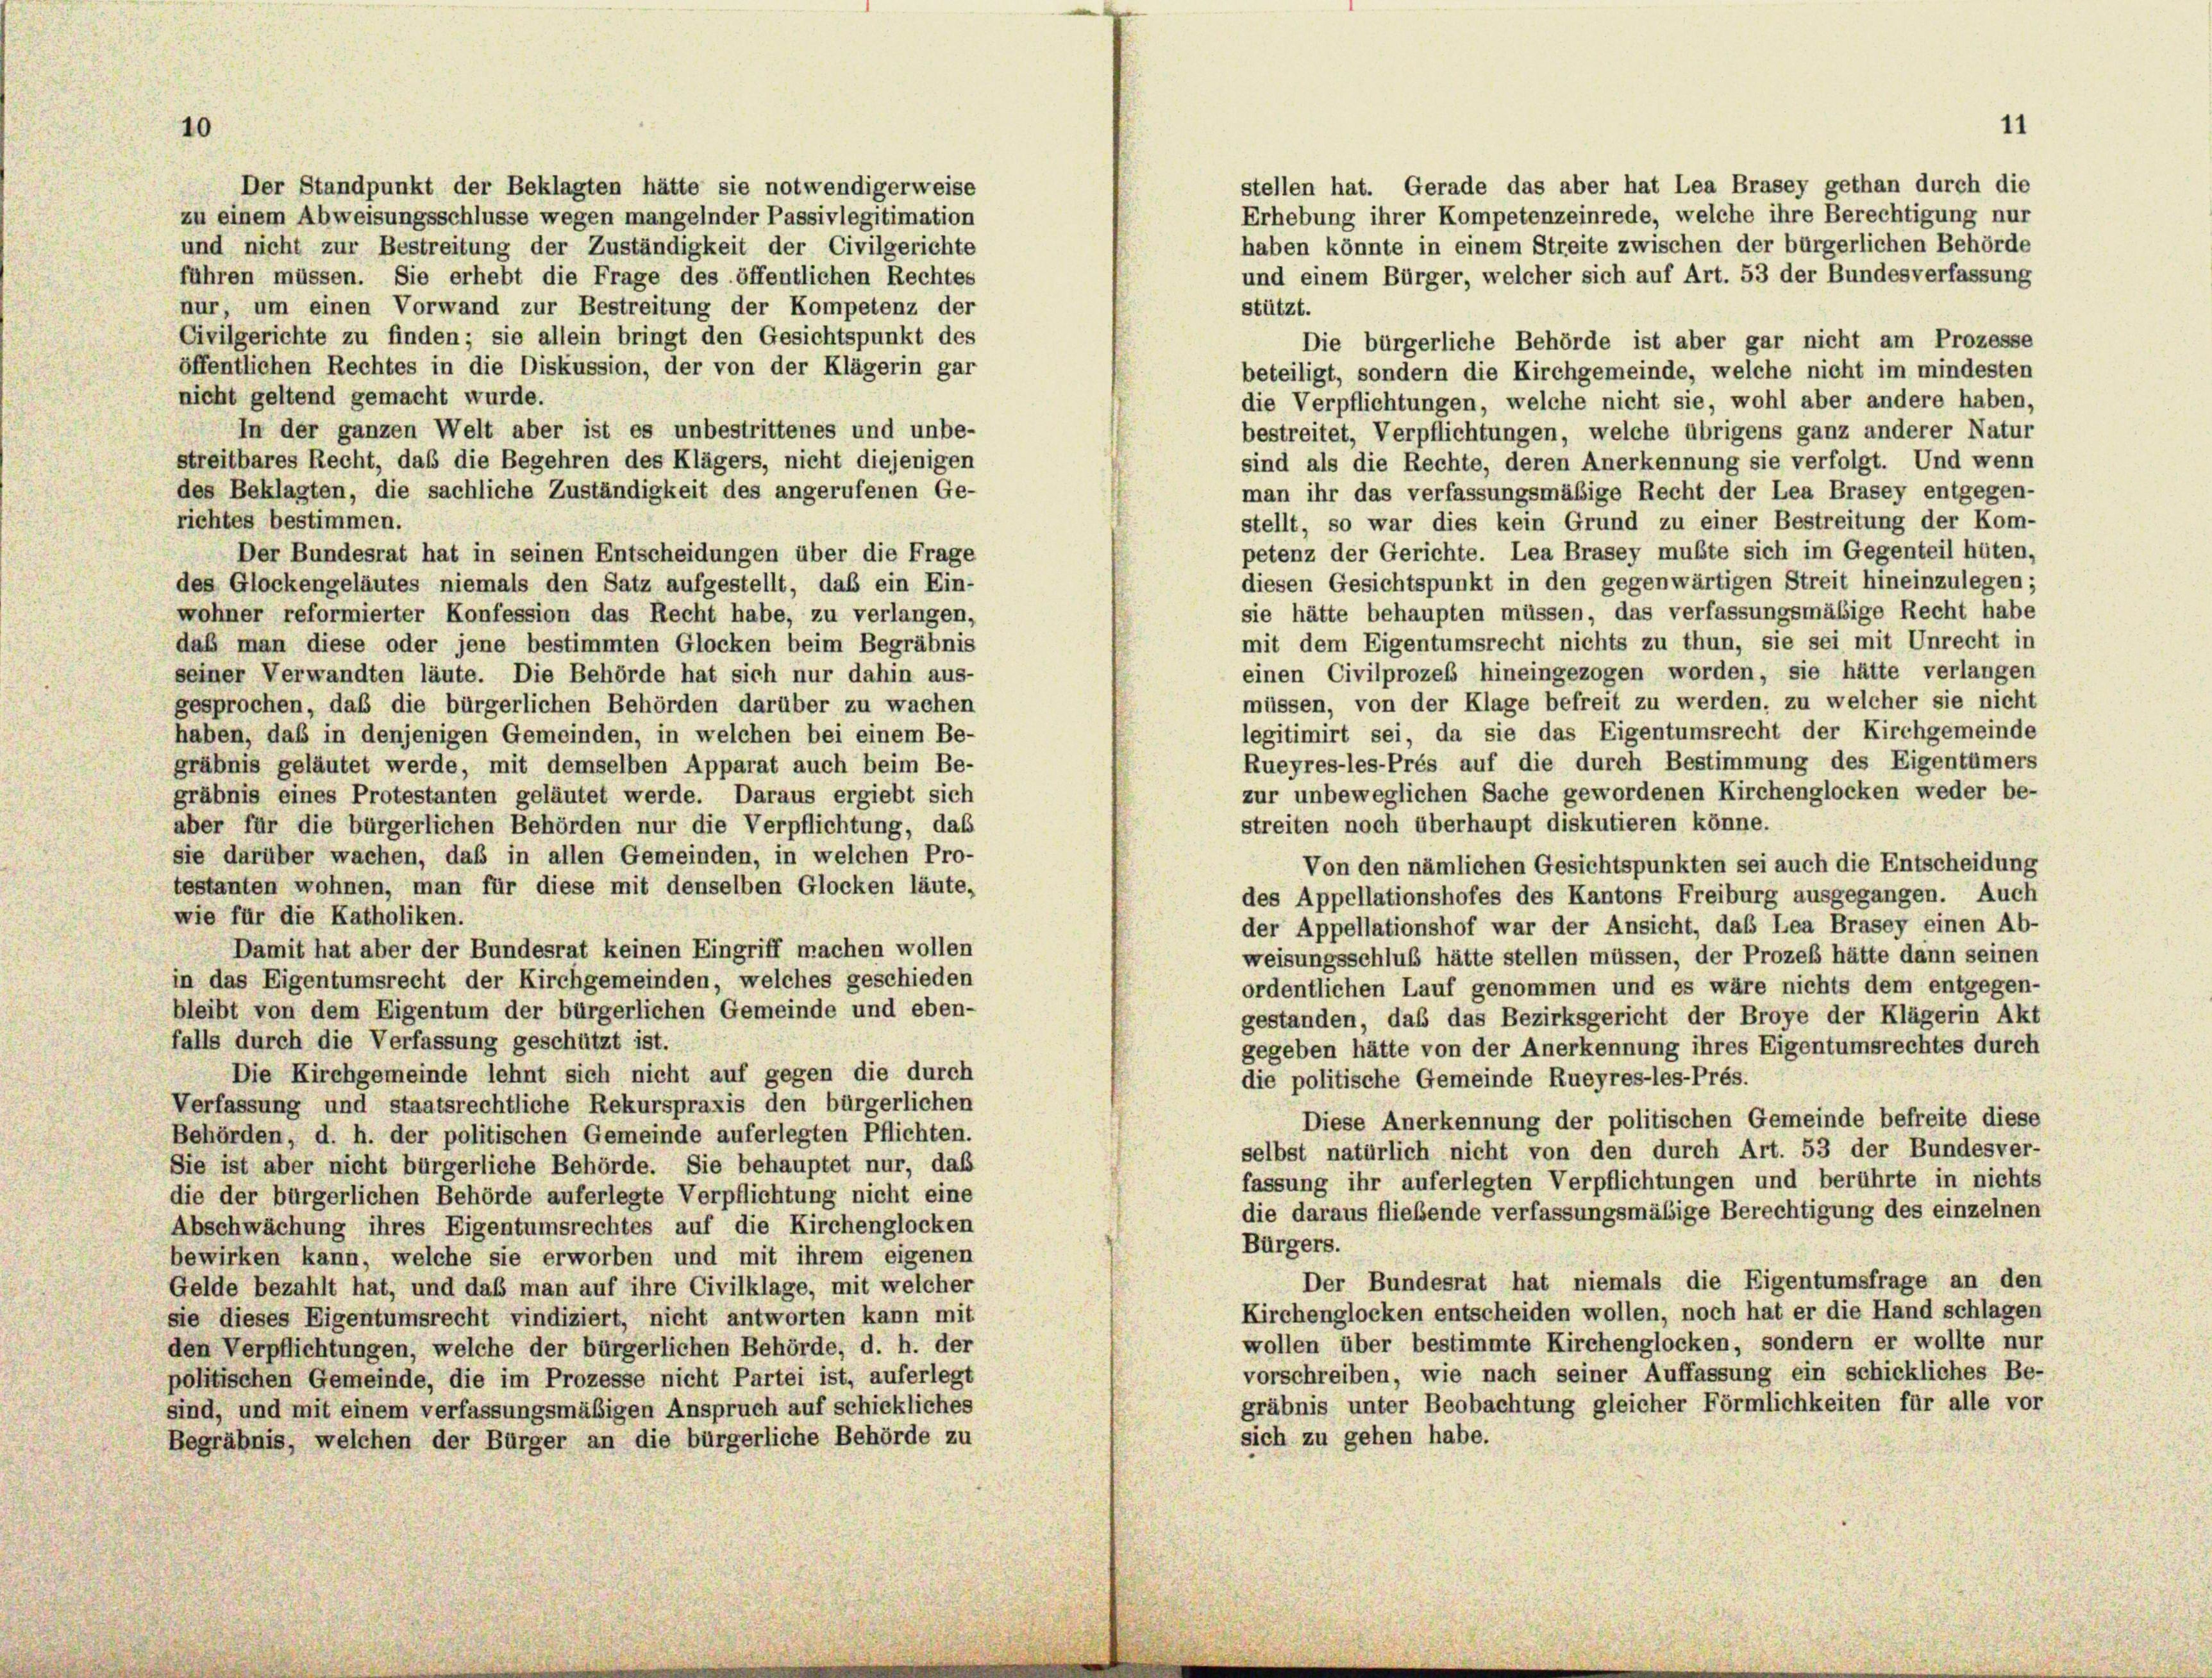
Der Standpunkt der Beklagten hätte sie notwendigerweise
zu einem Abweisungsschlüsse wegen mangelnder Passivlegitimation
haben könnte in einem Streite zwischen der bürgerlichen Behörde
und nicht zur Bestreitung der Zuständigkeit der Civilgerichte
und einem Bürger, welcher sich auf Art. 53 der Bundesverfassung
führen müssen. Sie erhebt die Frage des öffentlichen Rechtes
nur, um einen Vorwand zur Bestreitung der Kompetenz der
stützt.
Civilgerichte zu finden; sie allein bringt den Gesichtspunkt des
Die bürgerliche Behörde ist aber gar nicht am Prozesse
öffentlichen Rechtes in die Diskussion, der von der Klägerin gar
beteiligt, sondern die Kirchgemeinde, welche nicht im mindesten
nicht geltend gemacht wurde.
die Verpflichtungen, welche nicht sie, wohl aber andere haben
In der ganzen Welt aber ist es unbestrittenes und unbe-
bestreitet, Verpflichtungen, welche übrigens ganz anderer Natur
streitbares Recht, daß die Begehren des Klägers, nicht diejenigen
sind als die Rechte, deren Anerkennung sie verfolgt. Und wenn
des Beklagten, die sachliche Zuständigkeit des angerufenen Ge-
man ihr das verfassungsmäßige Recht der Lea Brasey entgegen-
richtes bestimmen.
stellt, so war dies kein Grund zu einer Bestreitung der Kom-
petenz der Gerichte. Lea Brasey mußte sich im Gegenteil hüten
Der Bundesrat hat in seinen Entscheidungen über die Frage
diesen Gesichtspunkt in den gegenwärtigen Streit hineinzulegen
des Glockengeläutes niemals den Satz aufgestellt, daß ein Ein-
sie hätte behaupten müssen, das verfassungsmäßige Recht habe
wohner reformierter Konfession das Recht habe, zu verlangen,
mit dem Eigentumsrecht nichts zu thun, sie sei mit Unrecht in
daß man diese oder jene bestimmten Glocken beim Begräbnis
einen Civilprozes hineingezogen worden, sie hätte verlangen
seiner Verwandten läute. Die Behörde hat sich nur dahin aus-
müssen, von der Klage befreit zu werden, zu welcher sie nicht
gesprochen, daß die bürgerlichen Behörden darüber zu wachen
legitimirt sei, da sie das Eigentumsrecht der Kirchgemeind-
haben, daß in denjenigen Gemeinden, in welchen bei einem Be-
Rueyres-les-Prés auf die durch Bestimmung des Eigentümer
gräbnis geläutet werde, mit demselben Apparat auch beim Be-
zur unbeweglichen Sache gewordenen Kirchenglocken weder be-
gräbnis eines Protestanten geläutet werde. Daraus ergiebt sich
streiten noch überhaupt diskutieren könne.
aber für die bürgerlichen Behörden nur die Verpflichtung, das
sie darüber wachen, daß in allen Gemeinden, in welchen Pro-
Von den nämlichen Gesichtspunkten sei auch die Entscheidung
testanten wohnen, man für diese mit denselben Glocken läute,
des Appellationshofes des Kantons Freiburg ausgegangen. Auch
wie für die Katholiken.
der Appellationshof war der Ansicht, das Lea Brasey einen Ab
Damit hat aber der Bundesrat keinen Eingriff machen wollen
weisungsschluß hätte stellen müssen, der Prozeß hätte dann seiner
in das Eigentumsrecht der Kirchgemeinden, welches geschieden
ordentlichen Lauf genommen und es wäre nichts dem entgegen
bleibt von dem Eigentum der bürgerlichen Gemeinde und eben-
gestanden, daß das Bezirksgericht der Broye der Klägerin Al
falls durch die Verfassung geschützt ist.
gegeben hätte von der Anerkennung ihres Eigentumsrechtes durch
Die Kirchgemeinde lehnt sich nicht auf gegen die durch
die politische Gemeinde Rueyres-les-Prés.
Verfassung und staatsrechtliche Rekurspraxis den bürgerlichen
Diese Anerkennung der politischen Gemeinde befreite dies,
Behörden, d. h. der politischen Gemeinde auferlegten Pflichten.
selbst natürlich nicht von den durch Art. 53 der Bundesver
Sie ist aber nicht bürgerliche Behörde. Sie behauptet nur, daß
fassung ihr auferlegten Verpflichtungen und berührte in nicht
die der bürgerlichen Behörde auferlegte Verpflichtung nicht eine
die daraus fliebende verfassungsmäßige Berechtigung des einzelne
Abschwächung ihres Eigentumsrechtes auf die Kirchenglocken
Bürgers.
bewirken kann, welche sie erworben und mit ihrem eigenen
Der Bundesrat hat niemals die Eigentumsfrage an de
Gelde bezahlt hat, und daß man auf ihre Civilklage, mit welcher
Kirchenglocken entscheiden wollen, noch hat er die Hand schlagen
sie dieses Eigentumsrecht vindiziert, nicht antworten kann mit
wollen über bestimmte Kirchenglocken, sondern er wollte ni
den Verpflichtungen, welche der bürgerlichen Behörde, d. h. der
vorschreiben, wie nach seiner Auffassung ein schickliches Be
politischen Gemeinde, die im Prozesse nicht Partei ist, auferlegt
gräbnis unter Beobachtung gleicher Förmlichkeiten für alle ve
sind, und mit einem verfassungsmäßigen Anspruch auf schickliches
sich zu gehen habe.
Begräbnis, welchen der Bürger an die bürgerliche Behörde zu

stellen hat. Gerade das aber hat Lea Brasey gethan durch die
Erhebung ihrer Kompetenzeinrede, welche ihre Berechtigung nur